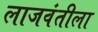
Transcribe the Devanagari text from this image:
लाजवंतीला